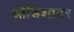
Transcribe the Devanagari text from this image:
ओडिशावर